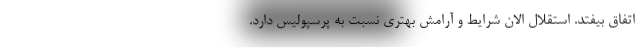
اتفاق بیفتد. استقلال الان شرایط و آرامش بهتری نسبت به پرسپولیس دارد.